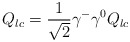
\begin{align*}Q_{lc}=\frac{1}{\sqrt 2}\gamma^-\gamma^0 Q_{lc} \end{align*}